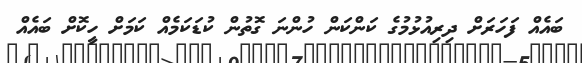
ބައެއް ފަހަަރަށް ދިރިއުޅުމުގެ ކަންކަން ހުންނަ ގޮތުން ކުޑަކަމެއް ކަމަށް ހީކޮށް ބައެއް